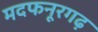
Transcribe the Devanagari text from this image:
मदफनूरगढ़